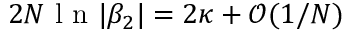
2 N \mathrm { ~ l ~ n ~ } | \beta _ { 2 } | = 2 \kappa + \mathcal { O } ( 1 / N )